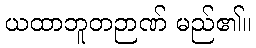
ယထာဘူတဉာဏ် မည်၏။